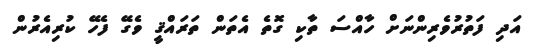
އަދި ފަތުރުވެރިންނަށް ހާއްސަ ތާކި ގޮތެ އެތަން ތަރައްޤީ ވެގޭ ފެހޭ ކުރިއެރުން